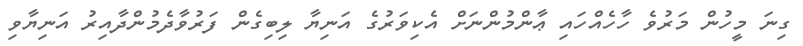
ގިނަ މީހުން މަރުވެ ހާހެއްހައި ޢާންމުންނަށް އެކިވަރުގެ އަނިޔާ ލިބިގެން ފަރުވާދެމުންދާއިރު އަނިޔާވި